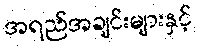
အရည်အချင်းများနှင့်